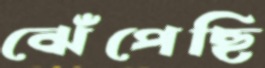
ঝেঁপেছি